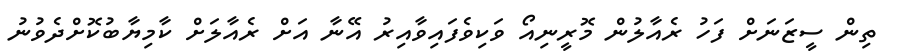
ތިން ސީޒަނަށް ފަހު ރެއާލުން މޮރީނިއޯ ވަކިވެފައިވާއިރު އޭނާ އަށް ރެއާލަށް ކާމިޔާބުކޮށްދެވުނު